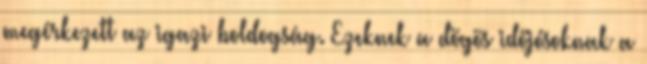
meg­ér­ke­zett az igazi bol­dog­ság. Ezeknek a dögös időjósoknak a